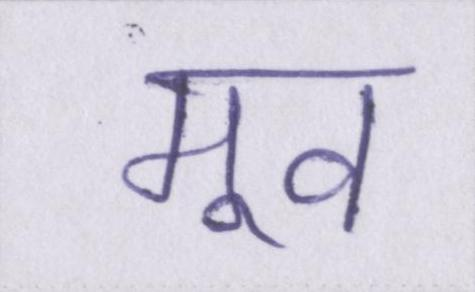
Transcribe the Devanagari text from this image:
मूव